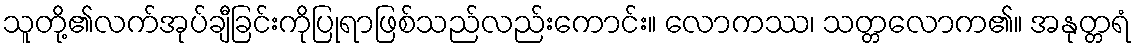
သူတို့၏လက်အုပ်ချီခြင်းကိုပြုရာဖြစ်သည်လည်းကောင်း။ လောကဿ၊ သတ္တလောက၏။ အနုတ္တရံ